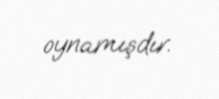
oynamışdır.